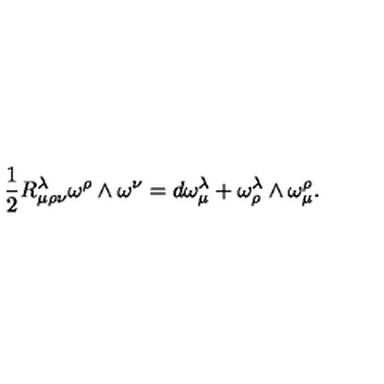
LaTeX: \frac { 1 } { 2 } R _ { \mu \rho \nu } ^ { \lambda } \omega ^ { \rho } \wedge \omega ^ { \nu } = d \omega _ { \mu } ^ { \lambda } + \omega _ { \rho } ^ { \lambda } \wedge \omega _ { \mu } ^ { \rho } .